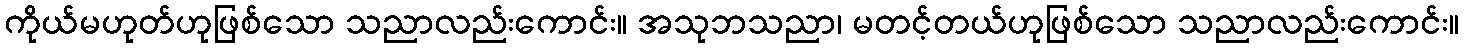
ကိုယ်မဟုတ်ဟုဖြစ်သော သညာလည်းကောင်း။ အသုဘသညာ၊ မတင့်တယ်ဟုဖြစ်သော သညာလည်းကောင်း။